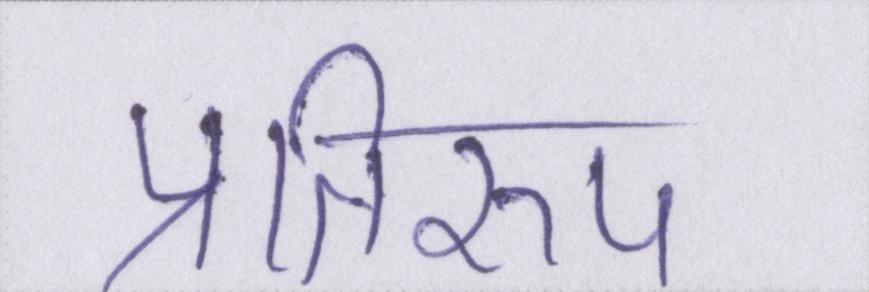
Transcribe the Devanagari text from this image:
प्रतिरूप